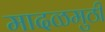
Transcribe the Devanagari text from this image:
मादळमुठी